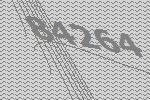
84264